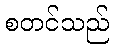
စတင်သည်